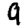
Digit: 9